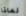
لماذا